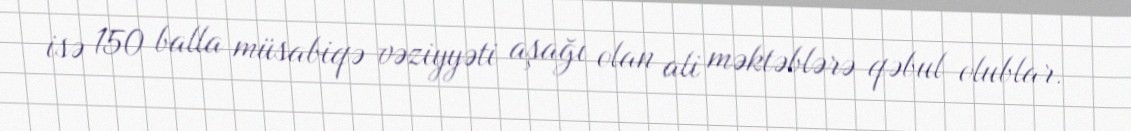
isə 150 balla müsabiqə vəziyyəti aşağı olan ali məktəblərə qəbul olublar.